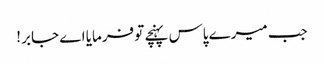
جب میرے پاس پہنچے تو فرمایا اے جابر !